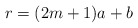
\begin{align*} r = (2m + 1)a + b\end{align*}